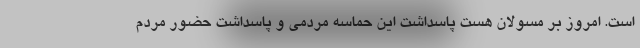
است. امروز بر مسولان هست پاسداشت این حماسه مردمی و پاسداشت حضور مردم